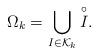
LaTeX: \begin{align*}\Omega_{k}=\bigcup_{I\in\mathcal{K}_k}\overset{\circ}{I}.\end{align*}